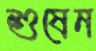
শুষেন